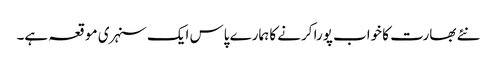
نئے بھارت کا خواب پورا کرنے کا ہمارے پاس ایک سنہری موقعہ ہے۔